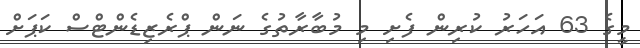
މީގެ 63 އަހަރު ކުރިން ފެށި މި މުބާރާތުގެ ނަން ޕްރެޒިޑެންޓްސް ކަޕަށް